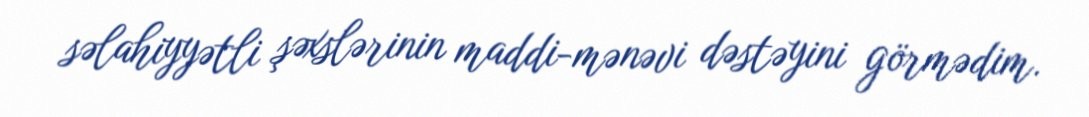
səlahiyyətli şəxslərinin maddi-mənəvi dəstəyini görmədim.